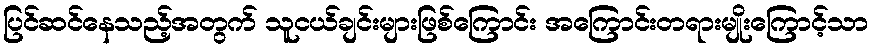
ပြင်ဆင်နေသည့်အတွက် သူငယ်ချင်းများဖြစ်ကြောင်း အကြောင်းတရားမျိုးကြောင့်သာ